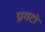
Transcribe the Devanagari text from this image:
प्रगटो